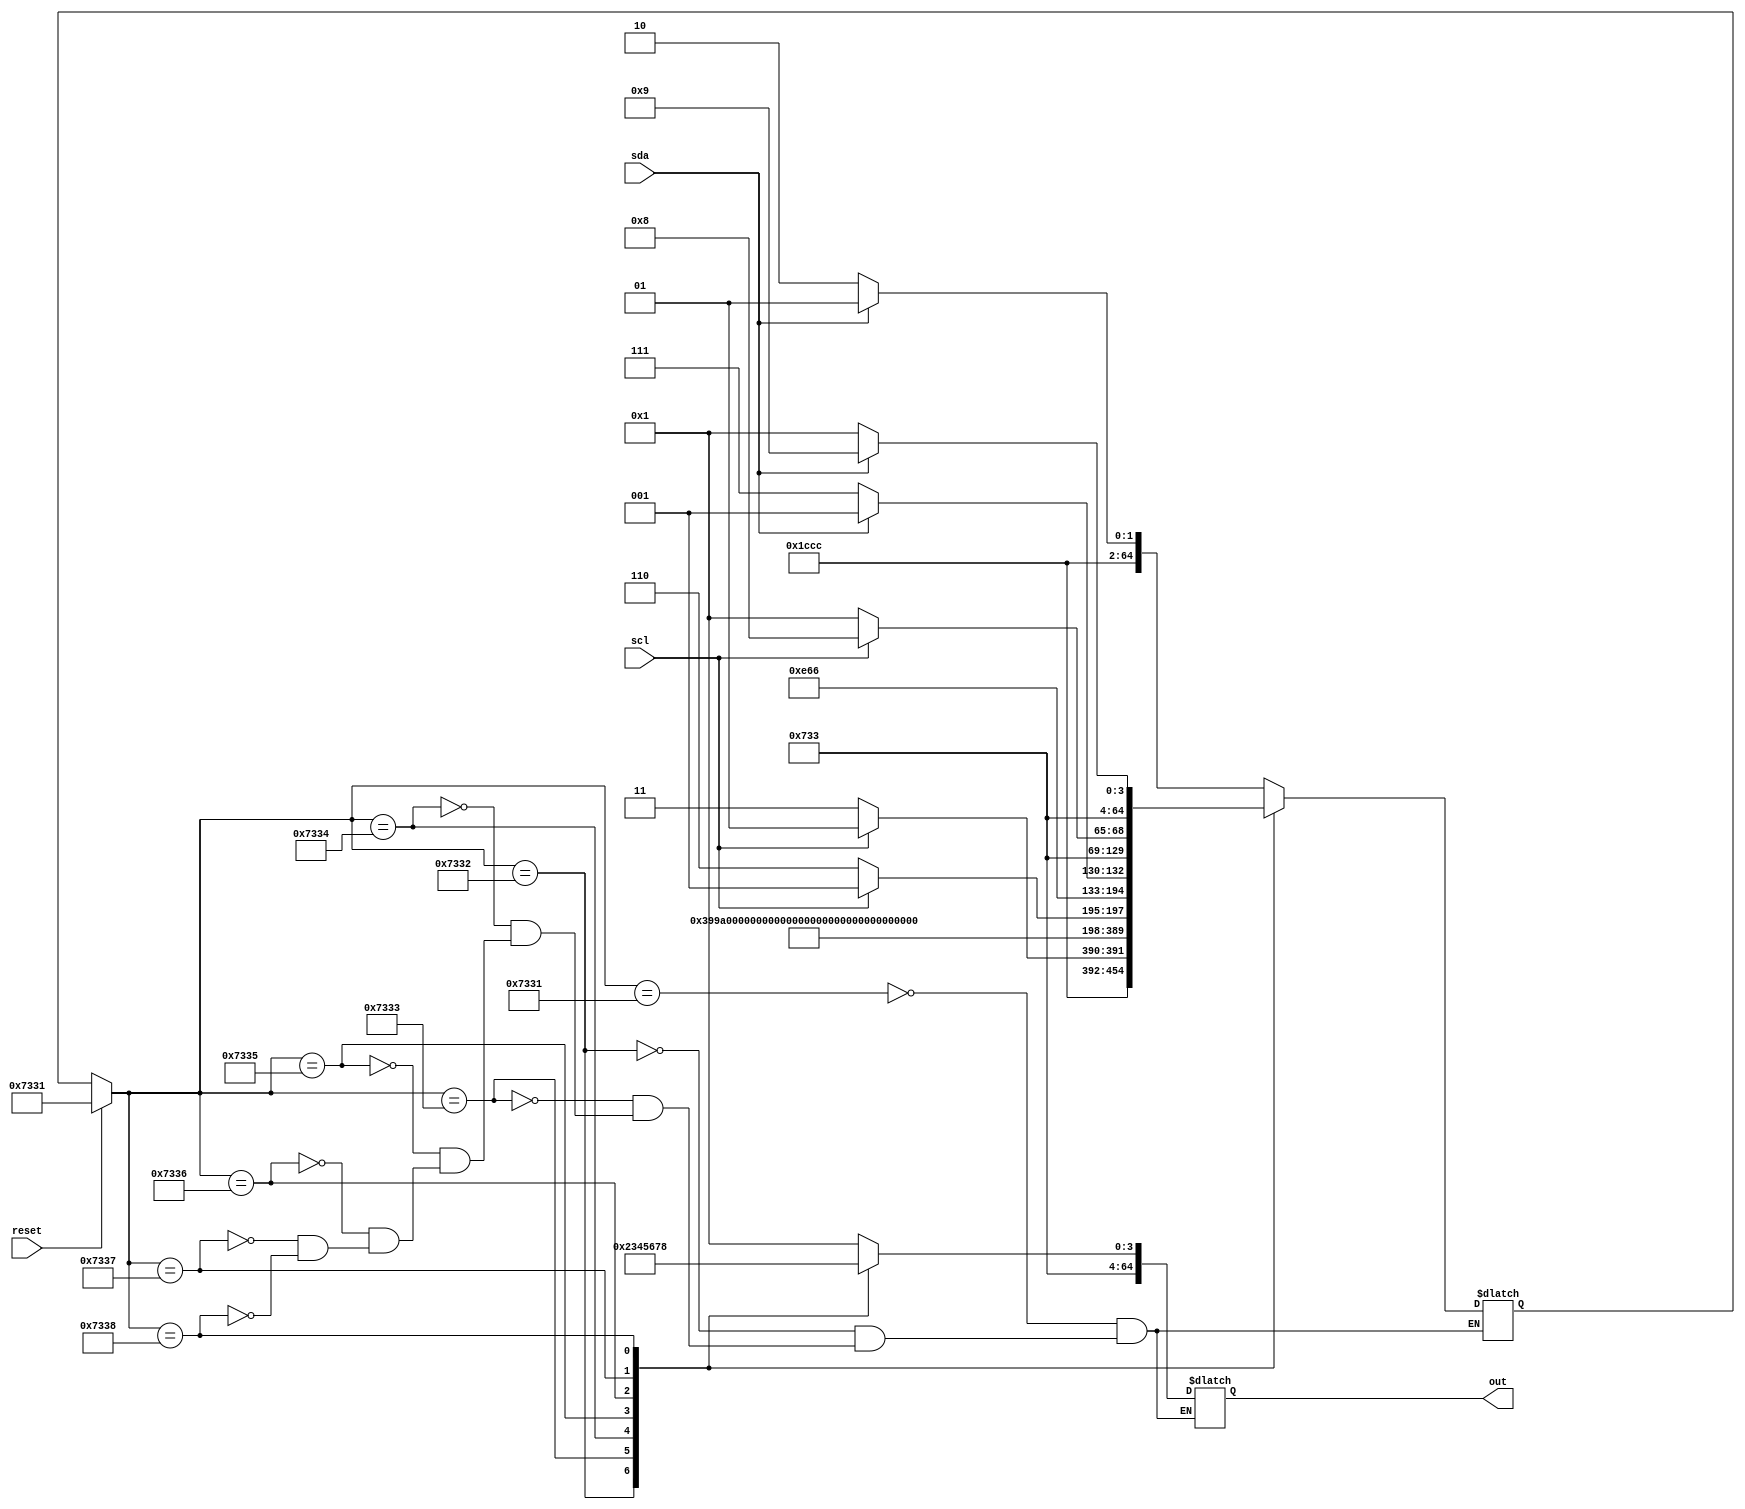
module unidFSM(reset, sda, scl, out);
	input reset, sda, scl;
	output reg[64:0] out;
	parameter s1 = "s1", s2 = "s2", s3 = "s3", s4 = "s4", s5 = "s5", s6 = "s6", s7 = "s7", s8 = "s8", s9 = "s9";
	reg[64:0] state, nextState;
	reg[128:0] label;

	always @(*) begin
		if(reset) begin
			state <= s1;
		end
		else begin
			state <= nextState;
		end
	end

	always @(sda, scl) begin
		case(state)
		s1 : begin
			out <= s1;
			label <= 1'bx;
			if(sda == 0) nextState <= s2;
			else nextState <= s1;
		end
		s2 : begin
			out <= s2;
			if(scl == 0) nextState <= s3;
			else nextState <= s1;
		end
		s3 : begin
			out <= s3;
			if(sda == 1 || sda == 0 || sda === 1'bx) nextState <= s4;
			else nextState <= s1;
		end
		s4 : begin
			out <= s4;
			if(scl == 1 || scl == 0 || scl === 1'bx) nextState <= s5;
			else nextState <= s1;
		end
		s5 : begin
			out <= s5;
			if(scl == 0) nextState <= s6;
			else nextState <= s1;
		end
		s6 : begin
			out <= s6;
			if(sda == 0) nextState <= s7;
			else nextState <= s1;
		end
		s7 : begin
			out <= s7;
			if(scl == 1) nextState <= s8;
			else nextState <= s1;
		end
		s8 : begin
			out <= s8;
			if(sda == 1) nextState <= s9;
			else nextState <= s1;
		end
		s9 : begin
		end
		endcase
	end
endmodule